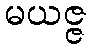
မယဇ္ဇ